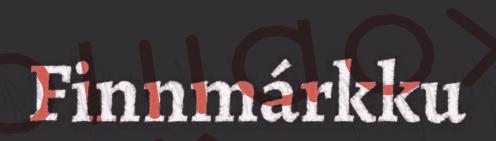
Finnmárkku